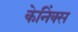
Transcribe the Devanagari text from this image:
केनिंक्स